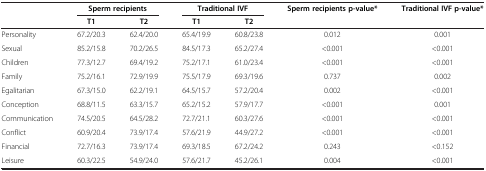
<table><thead><tr><td><b> </b></td><td colspan="2"><b>Sperm recipients</b></td><td colspan="2"><b>Traditional IVF</b></td><td><b>Sperm recipients p-value*</b></td><td><b>Traditional IVF p-value*</b></td></tr><tr><td><b> </b></td><td><b>T1</b></td><td><b>T2</b></td><td><b>T1</b></td><td><b>T2</b></td><td></td><td></td></tr></thead><tbody><tr><td>Personality</td><td>67.2/20.3</td><td>62.4/20.0</td><td>65.4/19.9</td><td>60.8/23.8</td><td>0.012</td><td>0.001</td></tr><tr><td>Sexual</td><td>85.2/15.8</td><td>70.2/26.5</td><td>84.5/17.3</td><td>65.2/27.4</td><td>&lt;0.001</td><td>&lt;0.001</td></tr><tr><td>Children</td><td>77.3/12.7</td><td>69.4/19.2</td><td>75.2/17.1</td><td>61.0/23.4</td><td>&lt;0.001</td><td>&lt;0.001</td></tr><tr><td>Family</td><td>75.2/16.1</td><td>72.9/19.9</td><td>75.5/17.9</td><td>69.3/19.6</td><td>0.737</td><td>0.002</td></tr><tr><td>Egalitarian</td><td>67.3/15.0</td><td>62.2/19.1</td><td>64.5/15.7</td><td>57.2/20.4</td><td>0.002</td><td>&lt;0.001</td></tr><tr><td>Conception</td><td>68.8/11.5</td><td>63.3/15.7</td><td>65.2/15.2</td><td>57.9/17.7</td><td>&lt;0.001</td><td>0.001</td></tr><tr><td>Communication</td><td>74.5/20.5</td><td>64.5/28.2</td><td>72.7/21.1</td><td>60.3/27.6</td><td>&lt;0.001</td><td>&lt;0.001</td></tr><tr><td>Conflict</td><td>60.9/20.4</td><td>73.9/17.4</td><td>57.6/21.9</td><td>44.9/27.2</td><td>&lt;0.001</td><td>&lt;0.001</td></tr><tr><td>Financial</td><td>72.7/16.3</td><td>73.9/17.4</td><td>69.3/18.5</td><td>67.2/24.2</td><td>0.243</td><td>&lt;0.152</td></tr><tr><td>Leisure</td><td>60.3/22.5</td><td>54.9/24.0</td><td>57.6/21.7</td><td>45.2/26.1</td><td>0.004</td><td>&lt;0.001</td></tr></tbody></table>